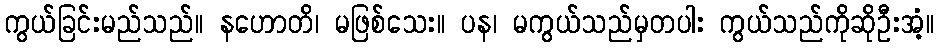
ကွယ်ခြင်းမည်သည်။ နဟောတိ၊ မဖြစ်သေး။ ပန၊ မကွယ်သည်မှတပါး ကွယ်သည်ကိုဆိုဦးအံ့။